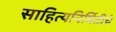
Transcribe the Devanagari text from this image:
साहित्यनिर्मितीचे